Civil Veterinary Dept. Bombay admin report 1923-31 - 1923-1931
Year: 1923
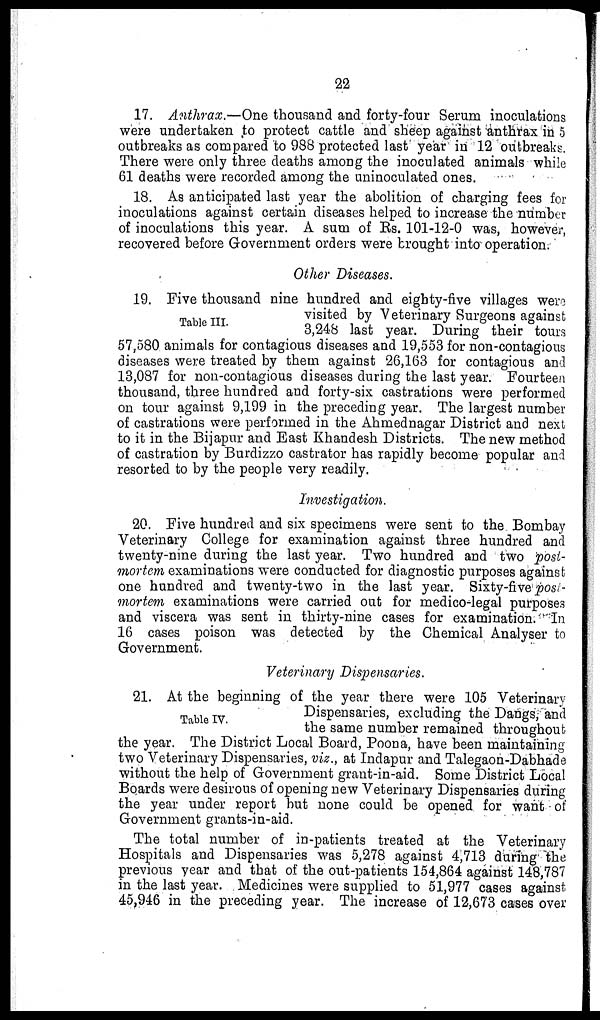
22
17. Anthrax.—One thousand and forty-four Serum inoculations
were undertaken to protect cattle and sheep against anthrax in 5
outbreaks as compared to 988 protected last year in 12 outbreaks.
There were only three deaths among the inoculated animals while
61 deaths were recorded among the uninoculated ones.
18. As anticipated last year the abolition of charging fees for
inoculations against certain diseases helped to increase the number
of inoculations this year. A sum of Rs. 101-12-0 was, however,
recovered before Government orders were brought into operation.
Other Diseases.
Table III.
19. Five thousand nine hundred and eighty-five v
visited by Veterinary Surgeons against
3,248 last year. During their tours
57,580 animals for contagious diseases and 19,553 for non-contagious
diseases were treated by them against 26,163 for contagious and
13,087 for non-contagious diseases during the last year. Fourteen
thousand, three hundred and forty-six castrations were performed
on tour against 9,199 in the preceding year. The largest number
of castrations were performed in the Ahmednagar District and next
to it in the Bijapur and East Khandesh Districts. The new method
of castration by Burdizzo castrator has rapidly become popular and
resorted to by the people very readily.
Investigation.
20. Five hundred and six specimens were sent to the Bombay
Veterinary College for examination against three hundred and
twenty-nine during the last year. Two hundred and two post-
mortem examinations were conducted for diagnostic purposes against
one hundred and twenty-two in the last year. Sixty-five post-
mortem examinations were carried out for medico-legal purposes
and viscera was sent in thirty-nine cases for examination. In
16 cases poison was detected by the Chemical Analyser to
Government.
Veterinary Dispensaries.
Table IV.
21. At the beginning of the year there were 105 Veterinary
Dispensaries, excluding the Dangs, and
the same number remained throughout
the year. The District Local Board, Poona, have been maintaining
two Veterinary Dispensaries, viz., at Indapur and Talegaon-Dabhade
without the help of Government grant-in-aid. Some District Local
Boards were desirous of opening new Veterinary Dispensaries during
the year under report but none could be opened for want of
Government grants-in-aid.
The total number of in-patients treated at the Veterinary
Hospitals and Dispensaries was 5,278 against 4,713 during the
previous year and that of the out-patients 154,864 against 148,787
in the last year. Medicines were supplied to 51,977 cases against
45,946 in the preceding year. The increase of 12,673 cases over